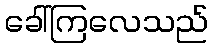
ခေါ်ကြလေသည်